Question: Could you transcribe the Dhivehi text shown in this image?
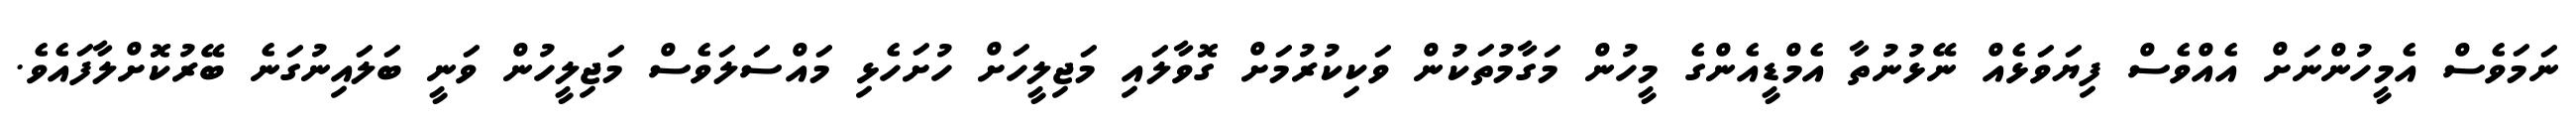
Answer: ނަމަވެސް އެމީހުންނަށް އެއްވެސް ފިޔަވަޅެއް ނޭޅުނުތާ އެމްޑީއެންގެ މީހުން މަގާމުތަކުން ވަކިކުރުމަށް ގޮވާލައި މަޖިލީހަށް ހުށަހެޅި މައްސަލަވެސް މަޖިލީހުން ވަނީ ބަލައިނުގަނެ ބޭރުކޮށްލާފައެވެ.